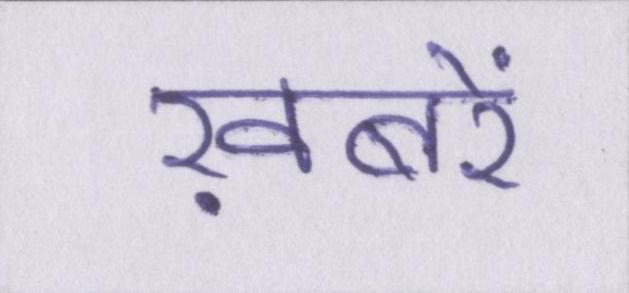
ख़बरें